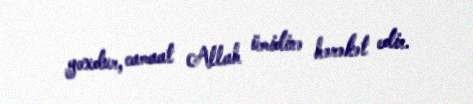
yoxdur, camaat Allah ümidinə hərəkət edir.